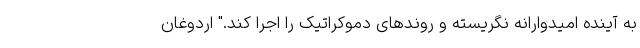
به آینده امیدوارانه نگریسته و روندهای دموکراتیک را اجرا کند." اردوغان